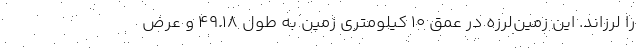
را لرزاند. این زمین‌لرزه‌ در عمق ۱۰ کیلومتری زمین به طول ۴۹.۱۸ و عرض